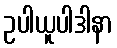
ဥပါယူပါဒါနာ